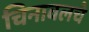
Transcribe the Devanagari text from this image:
चिनावलचे